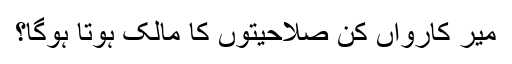
میر کارواں کن صلاحیتوں کا مالک ہوتا ہوگا؟